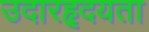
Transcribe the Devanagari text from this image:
उदारहृदयता